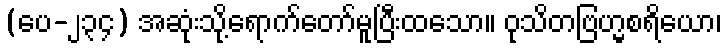
(ပေ-၂၃၄) အဆုံးသို့ရောက်တော်မူပြီးထသော။ ဝုသိတဗြဟ္မစရိယော၊